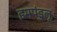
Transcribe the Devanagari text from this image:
इमपंडुलू